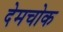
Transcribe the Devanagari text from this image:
देमचोक